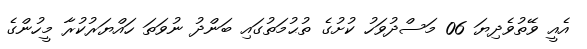
އެއީ ވޭތުވެދިޔަ 06 މަސްދުވަހު ކުށުގެ ތުޙުމަތުގައި ބަންދު ނުވަތަ ހައްޔަރުކުރާ މީހުންގެ